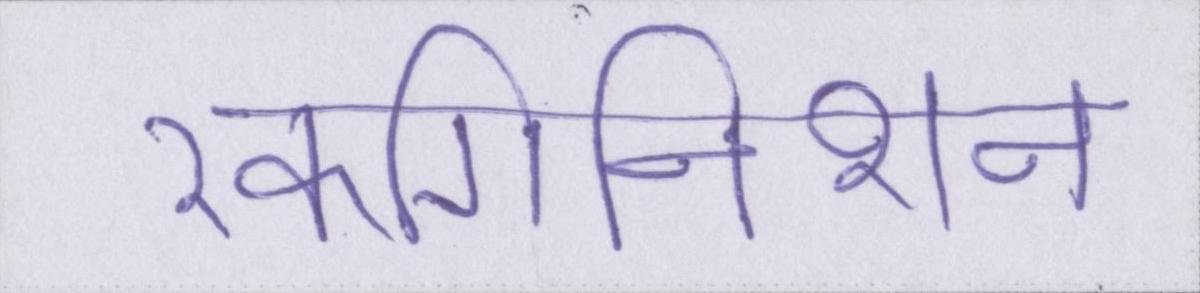
रेकगिनिशन